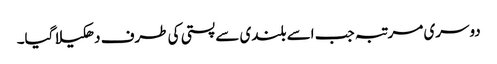
دوسری مرتبہ جب اسے بلندی سے پستی کی طرف دھکیلا گیا۔